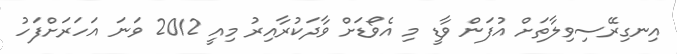
އިނގިރޭސިވިލާތަށް އުފަން ވާޑީ މި އެވޯޑަށް ވާދަކުރާއިރު މިއީ 2012 ވަނަ އަހަރަށްފަހު